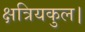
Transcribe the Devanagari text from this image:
क्षत्रियकुल।